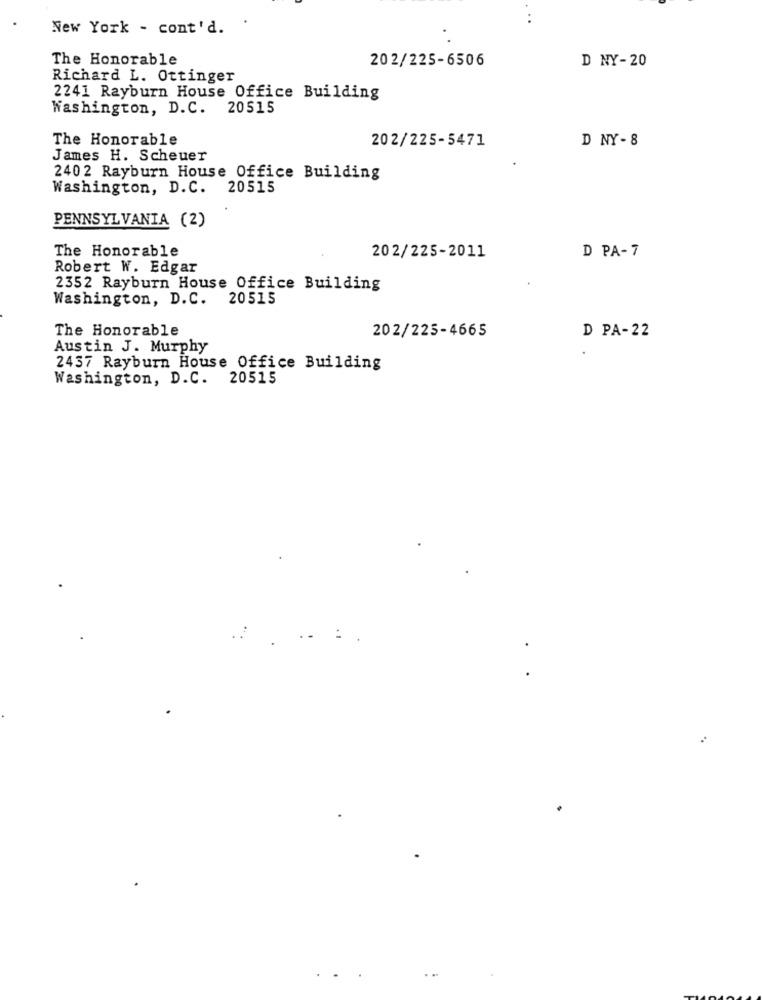
..
New York - cont'd.
The Honorable
202/225-6506
D NY-20
Richard L. Ottinger
2241 Rayburn House Office Building
Washington, D.C. 20515
The Honorable
202/225-5471
D NY -8
James H. Scheuer
2402 Rayburn House Office Building
Washington, D.C. 20515
PENNSYLVANIA (2)
The Honorable
202/225-2011
D PA-7
Robert W. Edgar
2352 Rayburn House Office Building
Washington, D.C. 20515
The Honorable
202/225-4665
D PA-22
Austin J. Murphy
2437 Rayburn House Office Building
Washington, D.C. 20515
.:
....